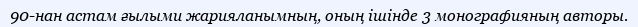
90-нан астам ғылыми жарияланымның, оның ішінде 3 монографияның авторы.